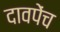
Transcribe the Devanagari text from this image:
दावपेंच